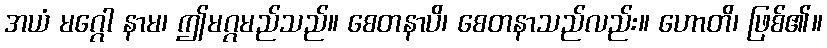
အယံ မဂ္ဂေါ နာမ၊ ဤမဂ္ဂမည်သည်။ စေတနာပိ၊ စေတနာသည်လည်း။ ဟောတိ၊ ဖြစ်၏။